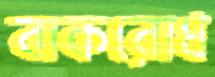
বাকরোধ